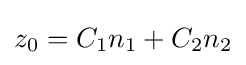
z_{0}=C_{1}n_{1}+C_{2}n_{2}